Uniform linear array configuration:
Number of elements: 16
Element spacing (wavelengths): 1
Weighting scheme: hann
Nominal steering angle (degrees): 60
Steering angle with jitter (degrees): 61.736
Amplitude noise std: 0.05
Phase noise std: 0.05

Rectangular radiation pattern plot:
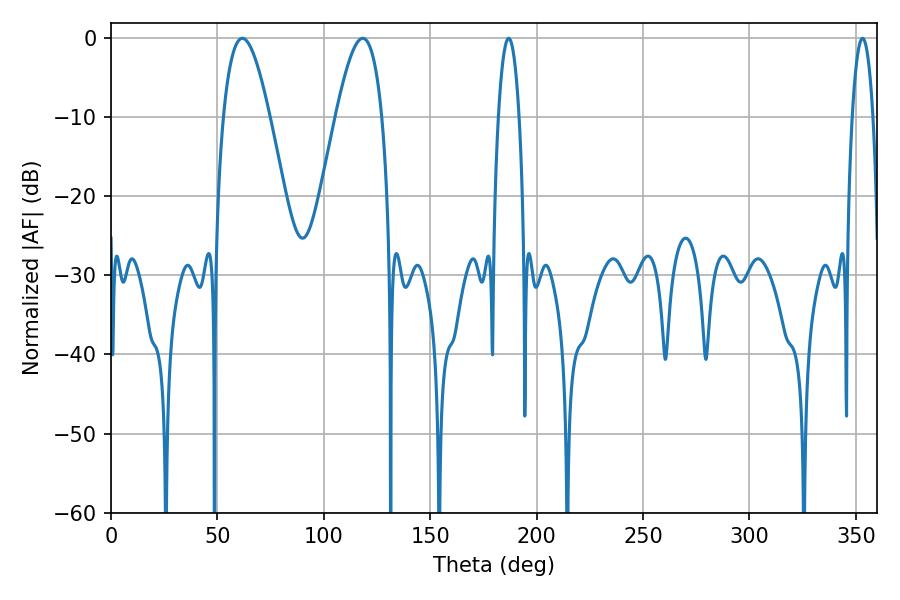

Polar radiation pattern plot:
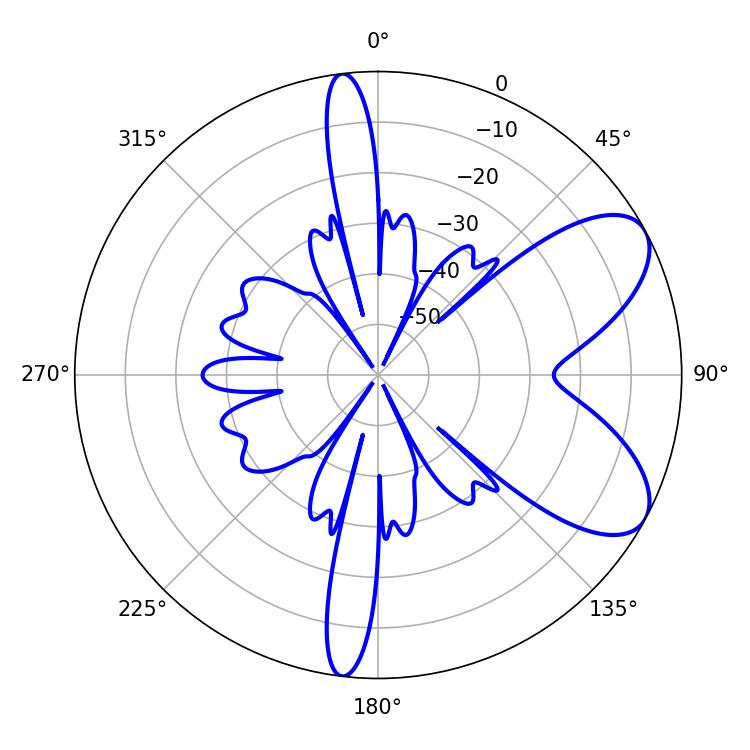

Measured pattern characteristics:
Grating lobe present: TRUE
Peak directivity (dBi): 7.303
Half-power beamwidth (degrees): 11.88
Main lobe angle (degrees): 61.74